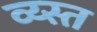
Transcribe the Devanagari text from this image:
व्य्स्त